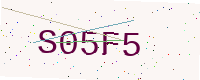
Text: S05F5